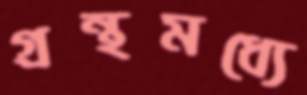
গ্রন্থমধ্যে